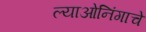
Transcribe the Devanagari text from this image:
ल्याओनिंगाचे